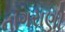
નાગરાણી